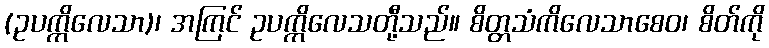
(ဥပက္ကိလေသာ)၊ အကြင် ဥပက္ကိလေသတီု့သည်။ စိတ္တသံကိလေသာစေဝ၊ စိတ်ကို